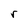
Character: r